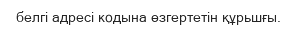
белгі адресі кодына өзгертетін құрьшғы.